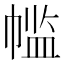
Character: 𫷌